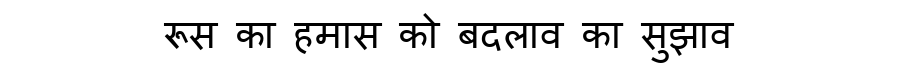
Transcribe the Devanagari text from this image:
रूस का हमास को बदलाव का सुझाव